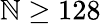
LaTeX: \mathbb{N}\geq128